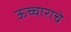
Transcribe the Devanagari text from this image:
ऊच्चाराचे